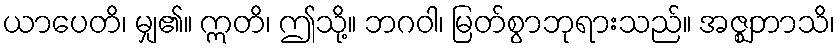
ယာပေတိ၊ မျှ၏။ ဣတိ၊ ဤသို့။ ဘဂဝါ၊ မြတ်စွာဘုရားသည်။ အဇ္ဈဘာသိ၊